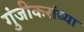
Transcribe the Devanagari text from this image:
गुंजीकरांच्या